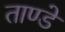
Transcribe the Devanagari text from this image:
ताण्डे